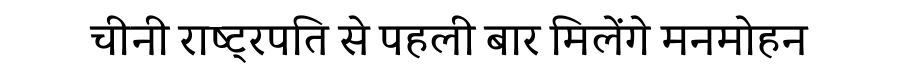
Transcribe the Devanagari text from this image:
चीनी राष्ट्रपति से पहली बार मिलेंगे मनमोहन